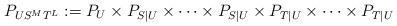
LaTeX: \begin{align*}P_{US^MT^L}:=P_U\times P_{S|U}\times \dots\times P_{S|U}\times P_{T|U}\times\dots\times P_{T|U}\end{align*}